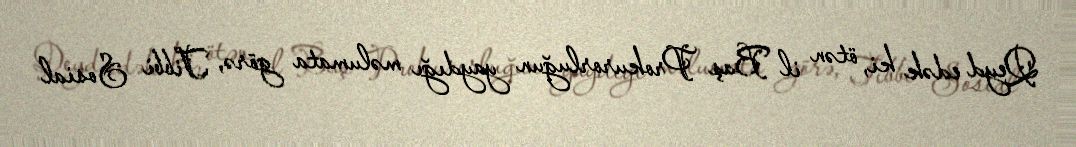
Qeyd edək ki, ötən il Baş Prokurorluğun yaydığı məlumata görə, Tibbi Sosial